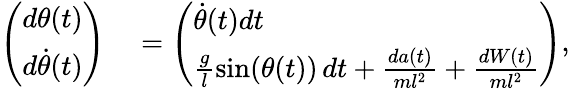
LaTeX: \begin{array}{rl}{\left(\begin{array}{l}{d\theta(t)}\\ {d\dot{\theta}(t)}\end{array}\right)}&{{}=\left(\begin{array}{l}{\dot{\theta}(t)dt}\\ {\frac{g}{l}\sin(\theta(t))\, dt+\frac{da(t)}{ml^{2}}+\frac{dW(t)}{ml^{2}}}\end{array}\right),}\end{array}